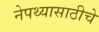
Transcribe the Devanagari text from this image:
नेपथ्यासाठीचे